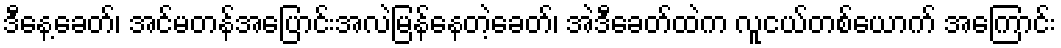
ဒီနေ့ခေတ်၊ အင်မတန်အပြောင်းအလဲမြန်နေတဲ့ခေတ်၊ အဲဒီခေတ်ထဲက လူငယ်တစ်ယောက် အကြောင်း